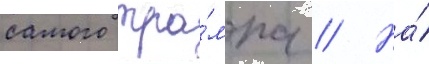
самого тра́мпа // На́